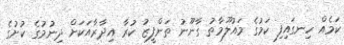
ކަމެއް ހިނގައިފި ކަމުގެ މައުލޫމާތު ގާނޫނު ތަންފީޒު ކުރާ އިދާރާއަކަށް ދިނުމުގެ ކުށުގެ